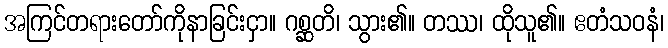
အကြင်တရားတော်ကိုနာခြင်းငှာ။ ဂစ္ဆတိ၊ သွား၏။ တဿ၊ ထိုသူ၏။ ဧတံသဝနံ၊